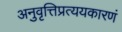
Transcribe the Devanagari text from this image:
अनुवृत्तिप्रत्ययकारणं